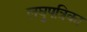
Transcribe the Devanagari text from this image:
लघुपत्रिका